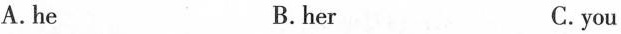
A. he B. her C. you